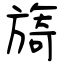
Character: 旖